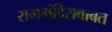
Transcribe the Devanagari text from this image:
राममंदिराबाबत